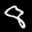
Label: 8